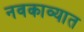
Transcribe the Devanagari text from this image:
नवकाव्यात